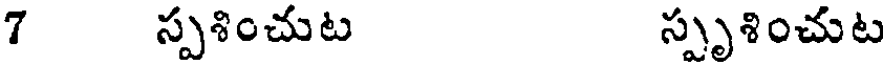
7 స్పశించుట స్పృశించుట